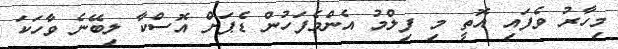
މިހާރު ވެފައި އޮތީ މި ފިލްމު އެންމެފަހުން ޑެޕަށް އޮސްކާ ލިބޭނެ ވާހަކަ